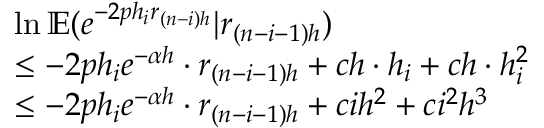
\begin{array} { r l } & { \ln \mathbb { E } ( e ^ { - 2 p h _ { i } r _ { ( n - i ) h } } | r _ { ( n - i - 1 ) h } ) } \\ & { \leq - 2 p h _ { i } e ^ { - \alpha h } \cdot r _ { ( n - i - 1 ) h } + c h \cdot h _ { i } + c h \cdot h _ { i } ^ { 2 } } \\ & { \leq - 2 p h _ { i } e ^ { - \alpha h } \cdot r _ { ( n - i - 1 ) h } + c i h ^ { 2 } + c i ^ { 2 } h ^ { 3 } } \end{array}